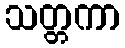
သတ္တကာ